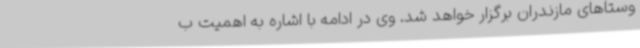
وستاهای مازندران برگزار خواهد شد. وی در ادامه با اشاره به اهمیت ب